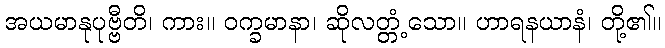
အယမာနုပုဗ္ဗီတိ၊ ကား။ ဝက္ခမာနာ၊ ဆိုလတ္တံ့သော။ ဟာရနယာနံ၊ တို့၏။